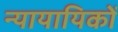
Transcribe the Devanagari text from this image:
न्यायायिकों